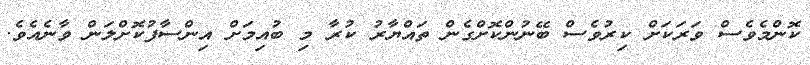
ކޮންމެވެސް ވަރަކަށް ކިރުވެސް ބޭނުންކޮށްގެން ތައްޔާރު ކުރާ މި ބުއިމަށް އިންސާފުކޮށްލަން ވާނެއެވެ.